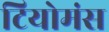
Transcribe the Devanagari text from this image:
टियोमंस